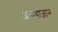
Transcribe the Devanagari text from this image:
अन्यथाज्ञान